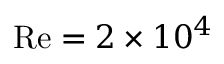
\mathrm { { R e } } = 2 \times 1 0 ^ { 4 }